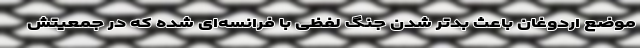
موضع اردوغان باعث بدتر شدن جنگ لفظی با فرانسه‌ای شده که در جمعیتش